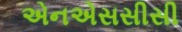
એનએસસીસી